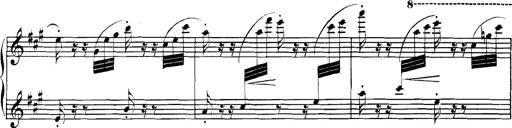
Title: Spinnerlied aus dem Fliegenden HollÃ¤nder
Composer: Franz Liszt